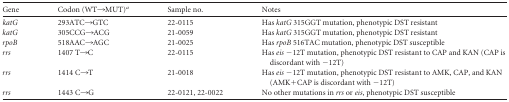
| Gene | Codon (WT→MUT)a | Sample no. | Notes |
 | --- | --- | --- | --- |
 | katG | 293ATC→GTC | 22-0115 | Has katG 315GGT mutation, phenotypic DST resistant |
 | katG | 305CCG→ACG | 21-0059 | Has katG 315GGT mutation, phenotypic DST resistant |
 | rpoB | 518AAC→AGC | 21-0025 | Has rpoB 516TAC mutation, phenotypic DST susceptible |
 | rrs | 1407 T→C | 22-0115 | Has eis −12T mutation, phenotypic DST resistant to CAP and KAN (CAP is discordant with −12T) |
 | rrs | 1414 C→T | 21-0018 | Has eis −12T mutation, phenotypic DST resistant to AMK, CAP, and KAN (AMK+CAP is discordant with −12T) |
 | rrs | 1443 C→G | 22-0121, 22-0022 | No other mutations in rrs or eis, phenotypic DST susceptible |